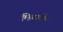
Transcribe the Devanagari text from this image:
मिळाले।